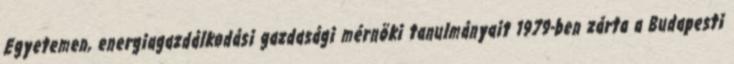
Egyetemen, energiagazdálkodási gazdasági mérnöki tanulmányait 1979-ben zárta a Budapesti